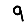
Digit: 9